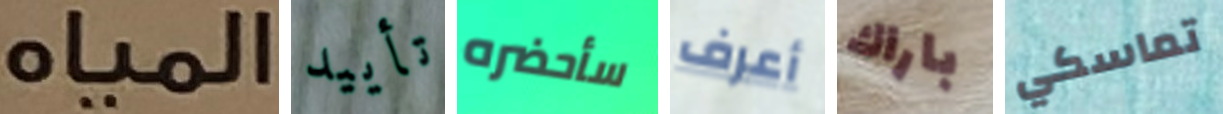
المياه تأييد سأحضره أعرف باراك تماسكي